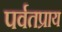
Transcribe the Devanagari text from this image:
पर्वतप्राय